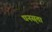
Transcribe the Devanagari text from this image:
घनस्र्ता